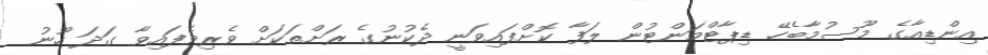
އިންޑިއާގެ މޫސުމާބެހޭ ޑިޕާޓްމަންޓުން ލަފާ ކޮށްފައިވަނީ ދެކުނުގެ ރަށްތަކަށް ވެރިވެފައިވާ ގަދަ ހޫނު